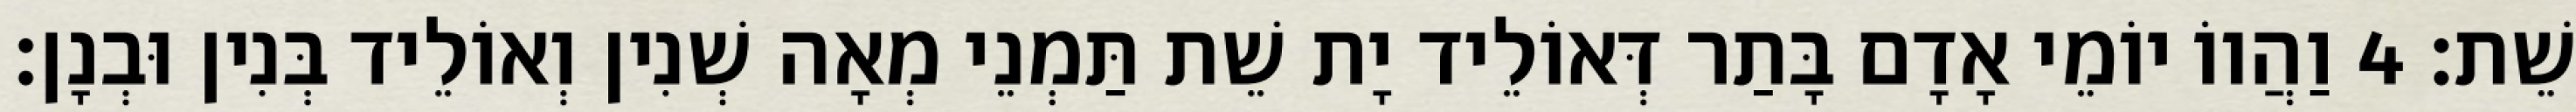
שֵׁת׃ 4 וַהֲווֹ יוֹמֵי אָדָם בָּתַר דְּאוֹלֵיד יָת שֵׁת תַּמְנֵי מְאָה שְׁנִין וְאוֹלֵיד בְּנִין וּבְנָן׃